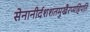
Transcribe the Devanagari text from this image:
सेनानीर्दशशतमुखैरप्यहिपति